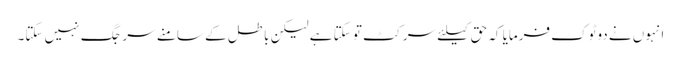
انہوں نے دوٹوک فرمایا کہ حق کیلئے سر کٹ تو سکتا ہے لیکن باطل کے سامنے سر جگ نہیں سکتا۔